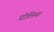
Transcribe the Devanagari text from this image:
प्रोलिया